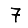
Digit: 7